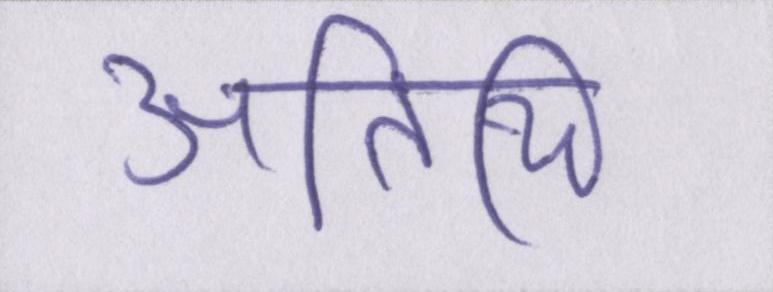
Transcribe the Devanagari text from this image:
अतिथि